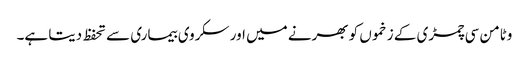
وٹامن سی چمڑی کے زخموں کو بھرنے میں اور سکروی بیماری سے تحفظ دیتا ہے۔